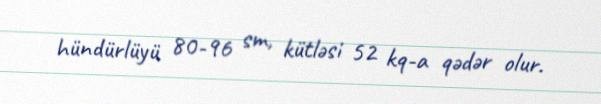
hündürlüyü 80-96 sm, kütləsi 52 kq-a qədər olur.